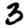
Digit: 3